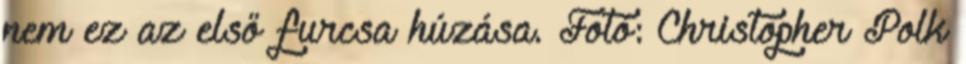
nem ez az első furcsa húzása. Fotó: Christopher Polk